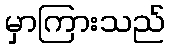
မှာကြားသည်